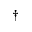
\dagger